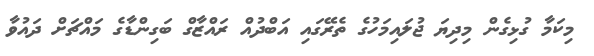
މިކަމާ ގުޅިގެން މިދިޔަ ޖުލައިމަހުގެ ތެރޭގައި އަބްދުއް ރައްޒާގް ބަގިންޑާގެ މައްޗަށް ދައުވާ